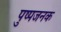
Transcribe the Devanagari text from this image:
पुष्पजनक